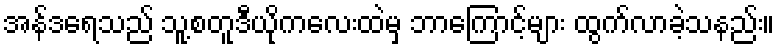
အန်ဒရေသည် သူ့စတူဒီယိုကလေးထဲမှ ဘာကြောင့်များ ထွက်လာခဲ့သနည်း။